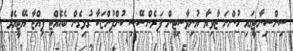
ސިންސިނާޓީގައި ހުންނަ ޒާވިޔާ ޔުނިވާސިޓީން ފަރެންސޭސި ކުންފުންޏަކާ ގުޅިގެން ބެހެއްޓި ޕިއްޒާ އޭޓީއެމް